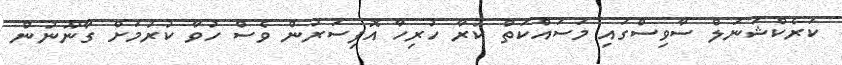
ކަރެކްޝަނަލް ސާވިސްގައި މަސައްކަތް ކުރާ ހުރިހާ އޮފިސަރުން ވެސް ހުވާ ކުރުމަށް ގާނޫނުން